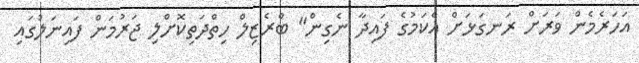
އަހަރެމެން ވަރަށް ރަނގަޅަށް އެކަމުގެ ފައިދާ ނެގިން" ބްރެޒިލް ހިތްދަތިކޮށްލި ޖަރުމަން ފައިނަލުގައި